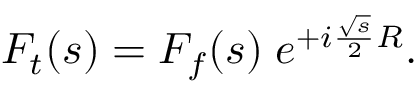
F _ { t } ( s ) = F _ { f } ( s ) \; e ^ { + i \frac { \sqrt { s } } { 2 } R } .